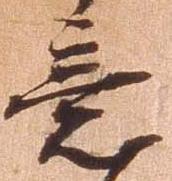
意